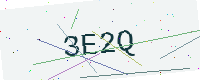
Text: 3E2Q